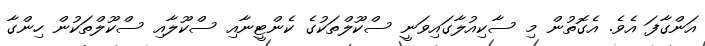
އަންގާފަ އެވެ. އެގޮތުން މި ސާކިއުލާގައިވަނީ ސްކޫލްތަކުގެ ކެންޓީނާއި ސްކޫލާއި ސްކޫލްތަކުން ހިންގާ